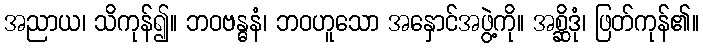
အညာယ၊ သိကုန်၍။ ဘဝဗန္ဓနံ၊ ဘဝဟူသော အနှောင်အဖွဲ့ကို။ အစ္ဆိဒုံ၊ ဖြတ်ကုန်၏။